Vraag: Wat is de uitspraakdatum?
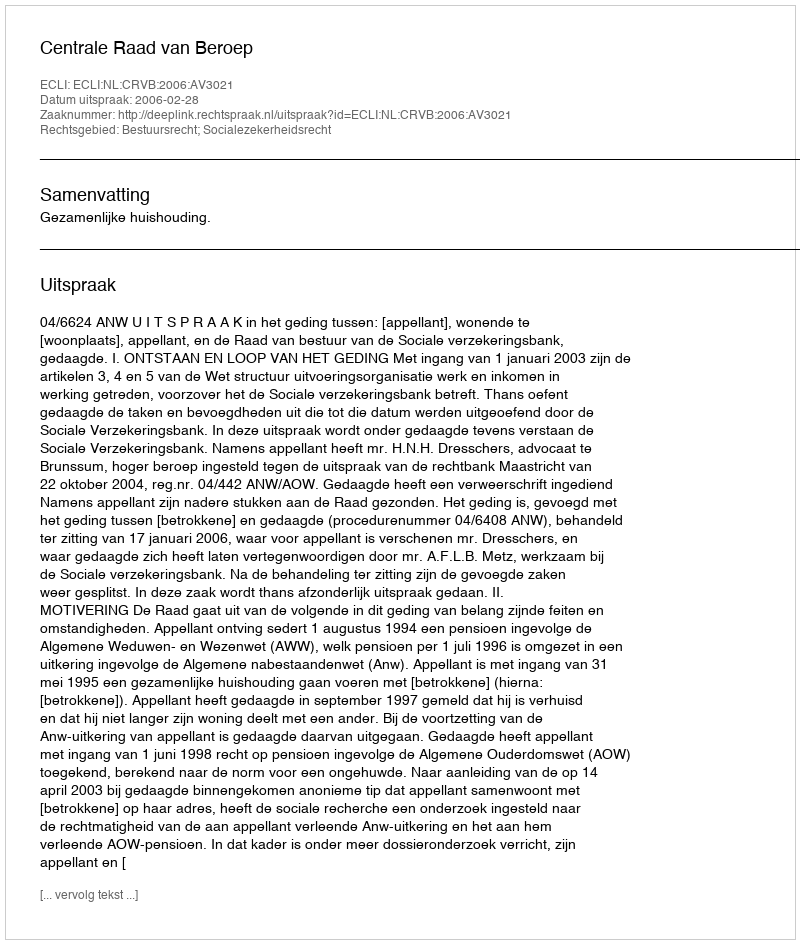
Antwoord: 2006-02-28